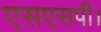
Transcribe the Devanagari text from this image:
एसएसपी।